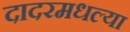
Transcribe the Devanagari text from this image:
दादरमधल्या